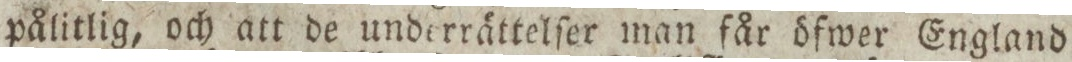
pålitlig, och att de underrättelſer man får öfwer England